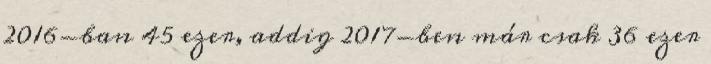
2016-ban 45 ezer, addig 2017-ben már csak 36 ezer